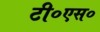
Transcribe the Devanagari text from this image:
टी०एस०